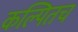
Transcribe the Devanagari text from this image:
कल्पितच